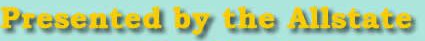
Presented by the Allstate